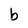
Character: b